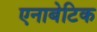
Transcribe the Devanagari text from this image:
एनाबेटिक